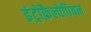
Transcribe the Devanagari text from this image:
इंट्रोफ़ैलोपियन